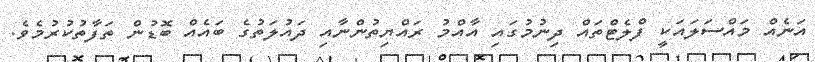
އަނެއް މައްސަލައަކީ ފްލެޓްތައް ދިނުމުގައި އާއްމު ރައްޔިތުންނާއި ދައުލަތުގެ ބައެއް ބޮޑުން ތަފާތުކުރުމެވެ.